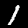
Label: 1